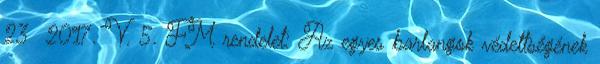
23 2017. V. 5. FM rendelet: Az egyes barlangok védettségének